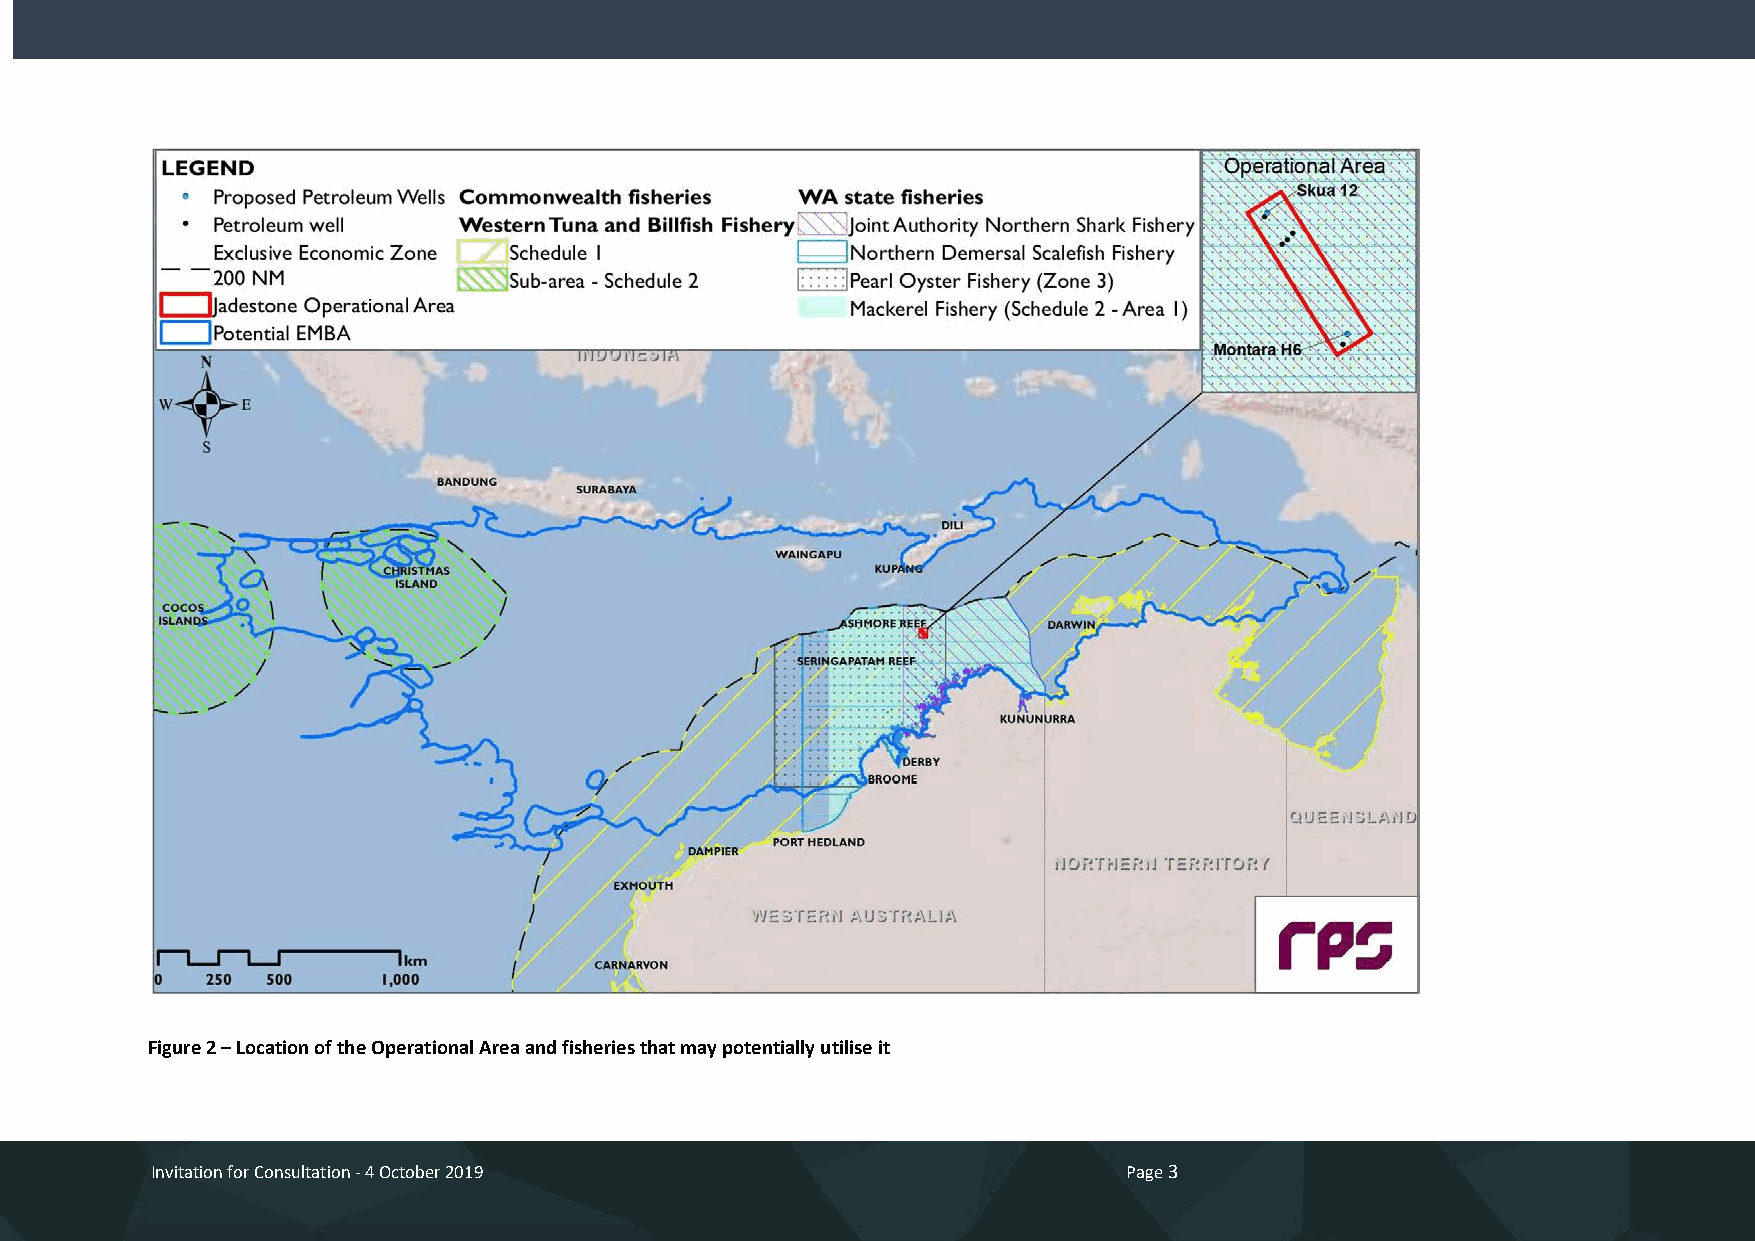
Invitation for Consultation                                     Page 3
 Figure 2 – Location of the Operational Area and fisheries that may potentially utilise it
 Invitation for Consultation - 4 October 2019                     Page 3